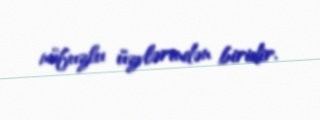
nüfuzlu üzvlərindən biridir.